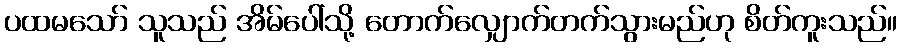
ပထမသော် သူသည် အိမ်ပေါ်သို့ တောက်လျှောက်တက်သွားမည်ဟု စိတ်ကူးသည်။